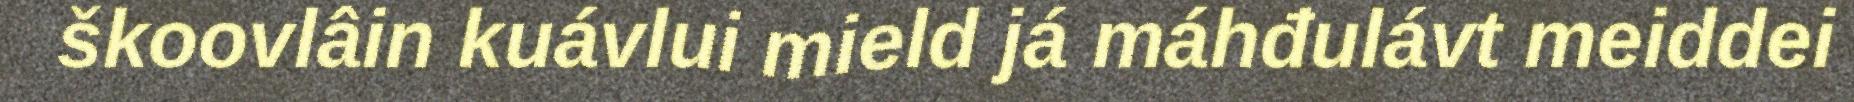
škoovlâin kuávlui mield já máhđulávt meiddei